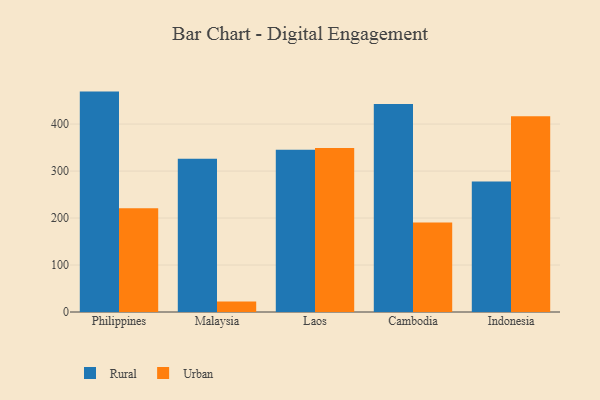
{"axis": {"x": "Country", "y": "Net Income (USD K)"}, "legend": ["Rural", "Urban"], "data": [{"x": "Philippines", "y": 469.1, "type": "Rural"}, {"x": "Philippines", "y": 220.7, "type": "Urban"}, {"x": "Malaysia", "y": 326.4, "type": "Rural"}, {"x": "Malaysia", "y": 22.1, "type": "Urban"}, {"x": "Laos", "y": 345.5, "type": "Rural"}, {"x": "Laos", "y": 349.2, "type": "Urban"}, {"x": "Cambodia", "y": 442.5, "type": "Rural"}, {"x": "Cambodia", "y": 190.4, "type": "Urban"}, {"x": "Indonesia", "y": 277.6, "type": "Rural"}, {"x": "Indonesia", "y": 416.9, "type": "Urban"}]}